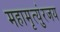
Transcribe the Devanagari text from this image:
महामृत्युंरजय